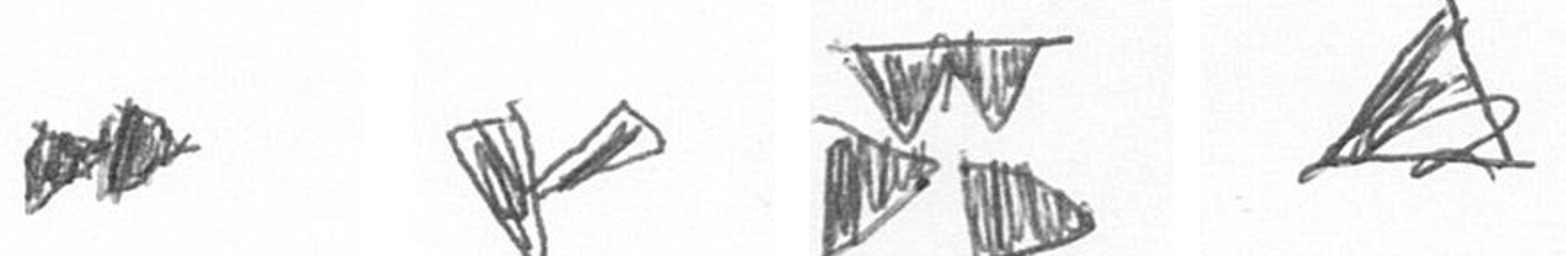
A F B O